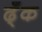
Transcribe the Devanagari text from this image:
ढ्ँक